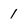
Character: 1